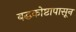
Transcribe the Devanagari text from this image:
बद्धकोष्टापासून